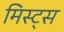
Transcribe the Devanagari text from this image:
मिस्ट्स